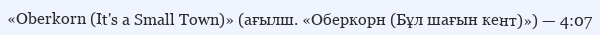
«Oberkorn (It's a Small Town)» (ағылш. «Оберкорн (Бұл шағын кент)») — 4:07